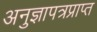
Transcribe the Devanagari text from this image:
अनुज्ञापत्रप्राप्त